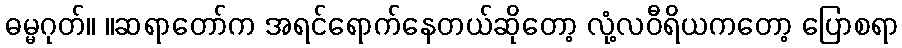
ဓမ္မဂုတ်။ ။ဆရာတော်က အရင်ရောက်နေတယ်ဆိုတော့ လုံ့လဝီရိယကတော့ ပြောစရာ